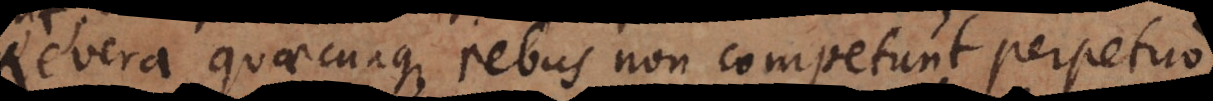
Revera quaecunque rebus non competunt